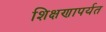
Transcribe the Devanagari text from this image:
शिक्षणापर्यत